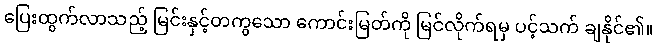
ပြေးထွက်လာသည့် မြင်းနှင့်တကွသော ကောင်းမြတ်ကို မြင်လိုက်ရမှ ပင့်သက် ချနိုင်၏။